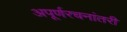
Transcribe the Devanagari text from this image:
अपूर्णरचनांतरी